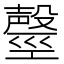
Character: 𣫒